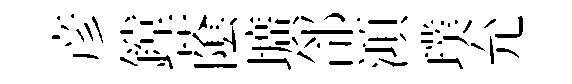
彦鏜䕃壙郃澒璞允